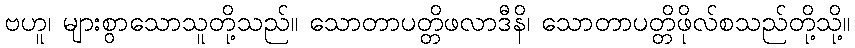
ဗဟူ၊ များစွာသောသူတို့သည်။ သောတာပတ္တိဖလာဒီနိ၊ သောတာပတ္တိဖိုလ်စသည်တို့သို့။